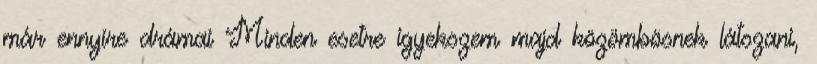
már ennyire drámai Minden esetre igyekszem majd közömbösnek látszani,